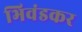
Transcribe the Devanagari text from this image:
भिवंडकर